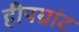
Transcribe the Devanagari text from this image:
हीपग्रांट